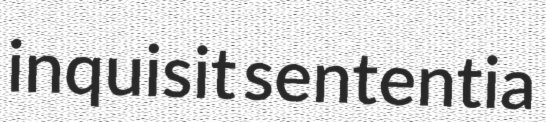
inquisit sententia